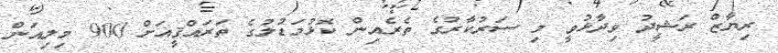
ރިޔާޒް ރަޝީދު ވިދާޅުވީ މި ސަރުކާރުގެ ތެރެއިން ކޮޅުމަޑުލުގެ ތަރައްޤީއަށް 900 މިލިއަން